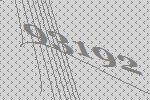
93192